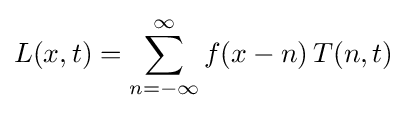
L(x,t)=\sum _{n=-\infty }^{\infty }f(x-n)\,T(n,t)